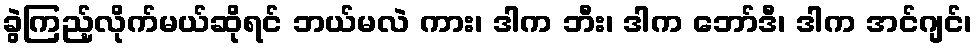
ခွဲကြည့်လိုက်မယ်ဆိုရင် ဘယ်မလဲ ကား၊ ဒါက ဘီး၊ ဒါက ဘော်ဒီ၊ ဒါက အင်ဂျင်၊